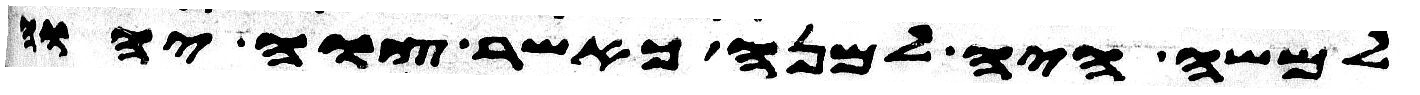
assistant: למשה היה למנה כאשר צוה יהוה